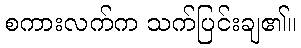
စကားလက်က သက်ပြင်းချ၏။